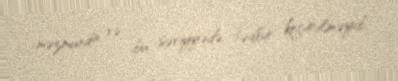
məzmunda və bu səviyyədə tədbir keçirilməyib.